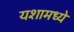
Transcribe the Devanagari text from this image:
यशामध्ये